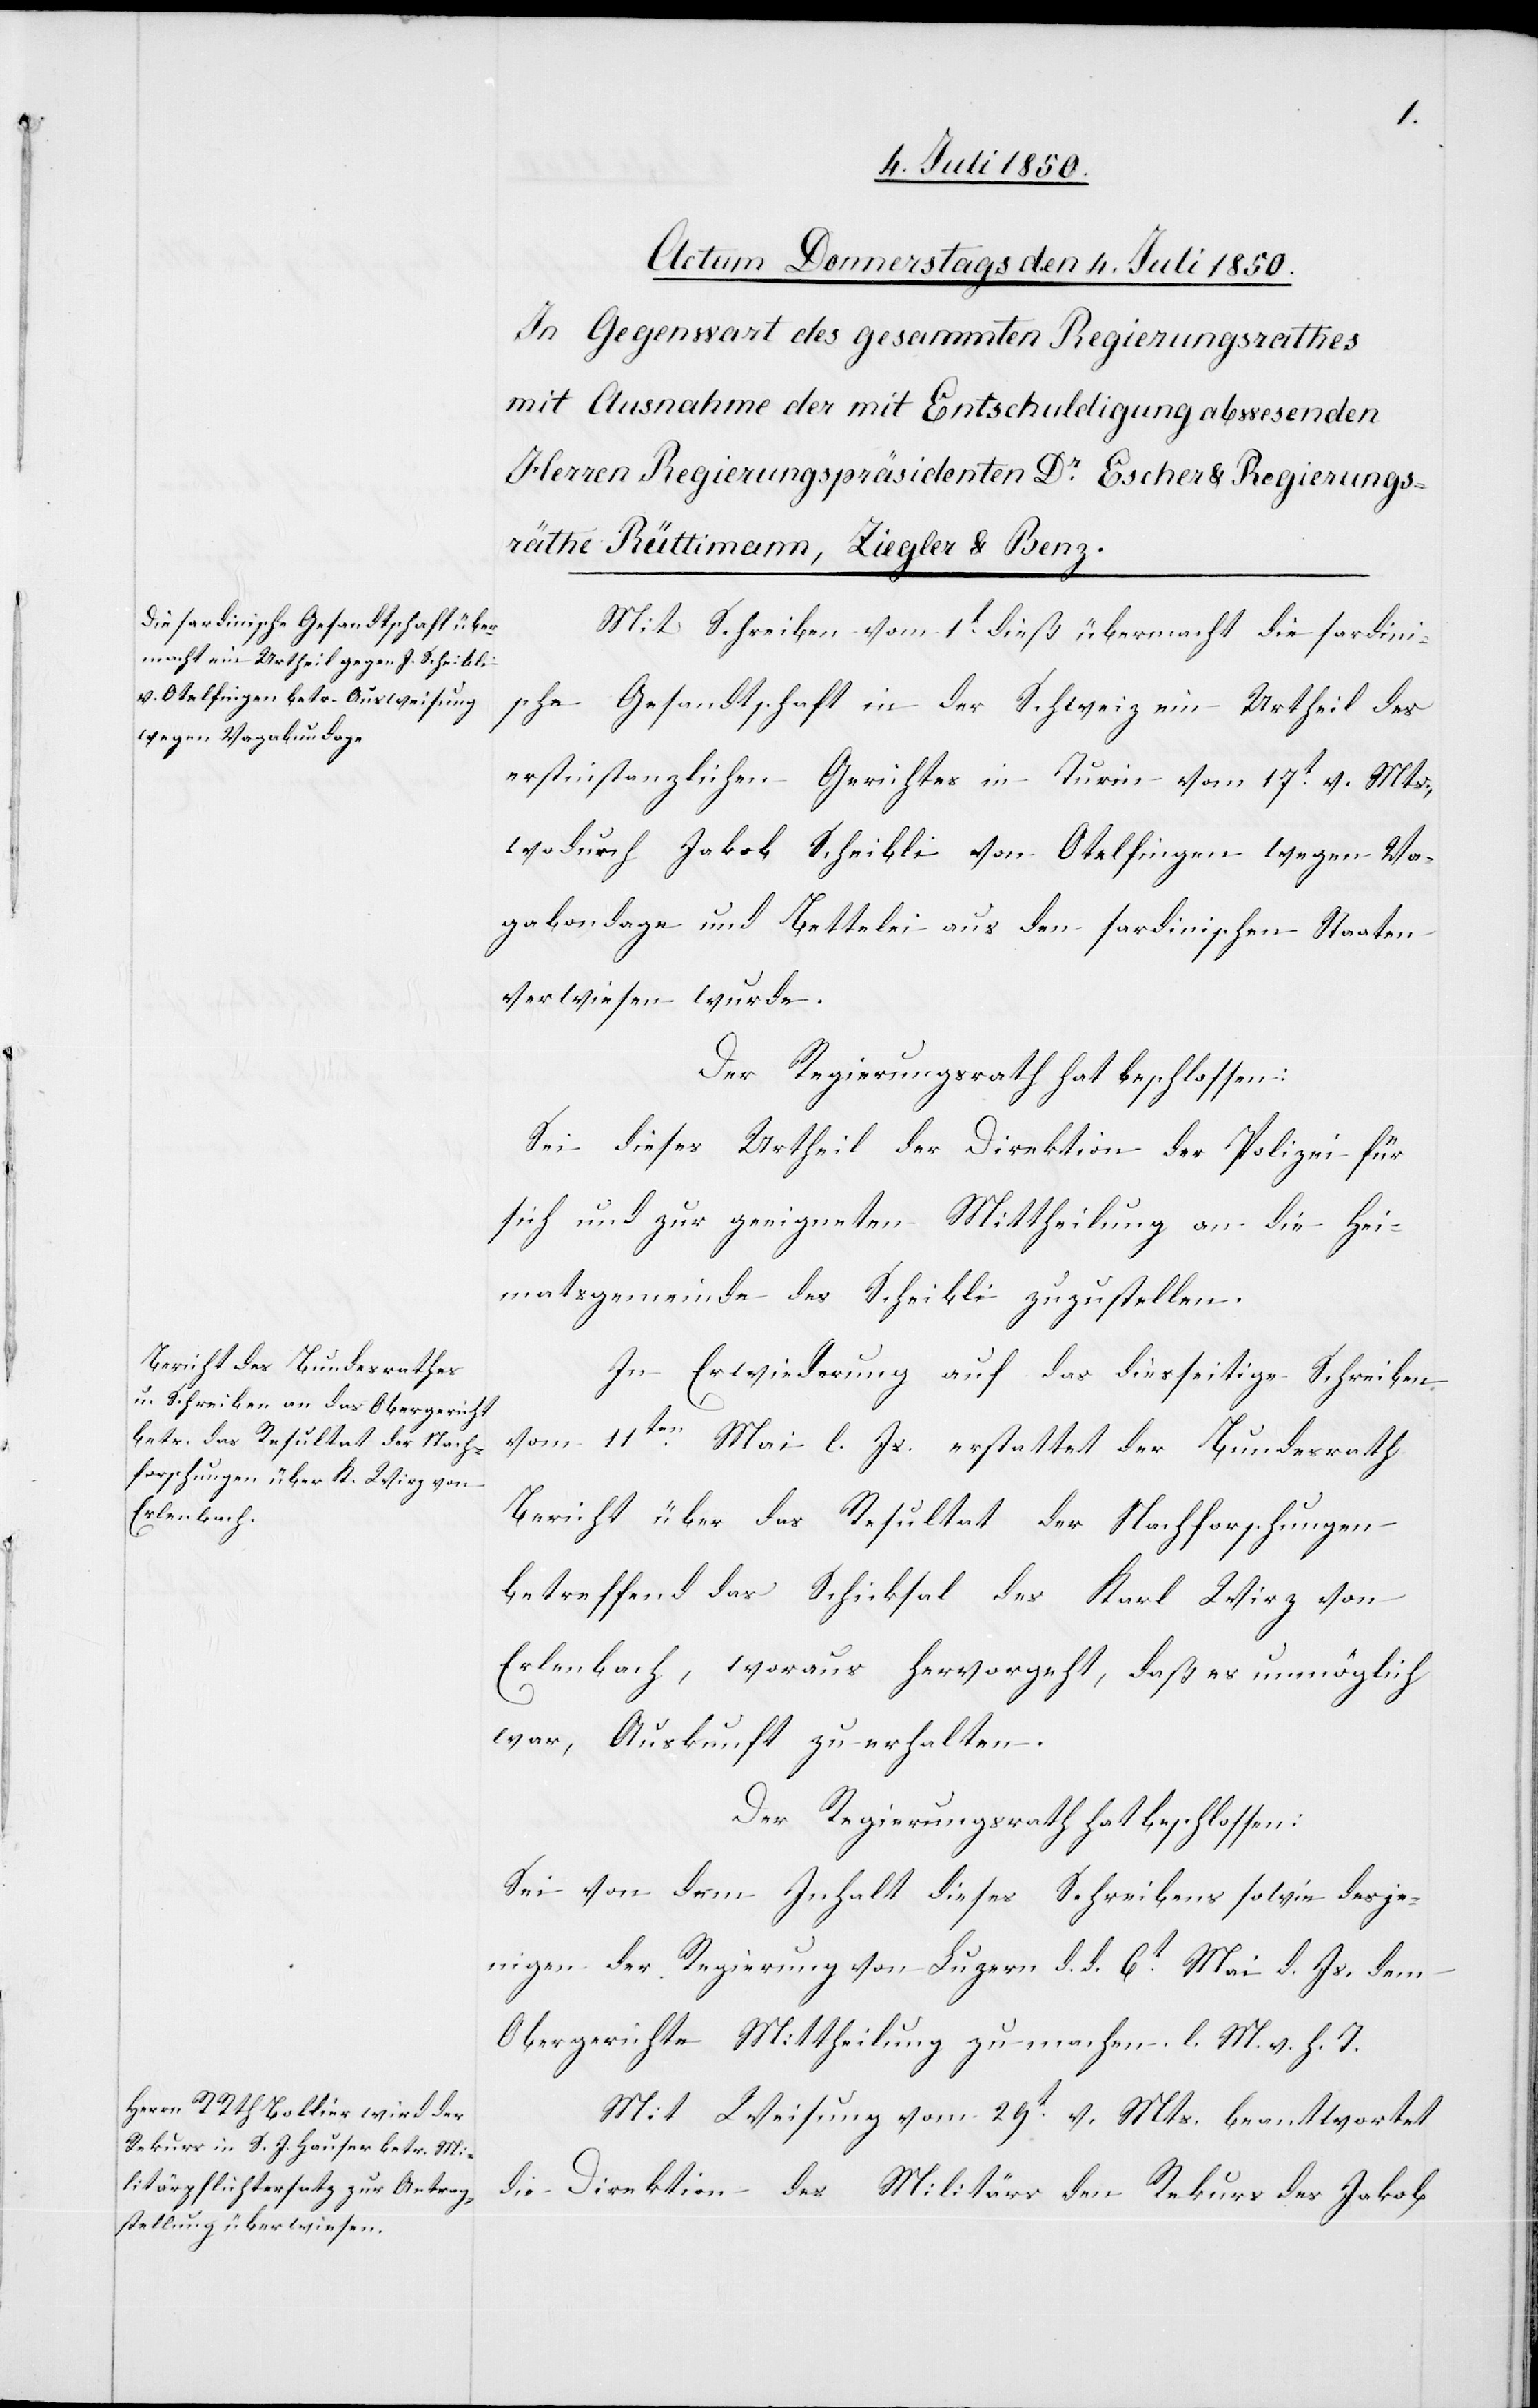
Mit Schreiben vom 1t dieß übermacht die sardini¬
sche Gesandtschaft in der Schweiz ein Urtheil des
erstinstanzlichen Gerichtes in Turin vom 17t v. Mts.,
wodurch Jakob Scheibli von Otelfingen wegen Va¬
gabondage und Bettelei aus den sardinischen Staaten
verwiesen wurde.
Der Regierungsrath hat beschlossen:
Sei dieses Urtheil der Direktion der Polizei für
sich und zur geeigneten Mittheilung an die Hei¬
matsgemeinde des Scheibli zuzustellen.
In Erwiederung auf das diesseitige Schreiben
vom 11ten Mai l. Js. erstattet der Bundesrath
Bericht über das Resultat der Nachforschungen
betreffend das Schicksal des Karl Wirz von
Erlenbach, woraus hervorgeht, daß es unmöglich
war, Auskunft zu erhalten.
Der Regierungsrath hat beschlossen:
Sei von dem Inhalt dieses Schreibens sowie desje¬
nigen der Regierung von Luzern d. d. 6t Mai d. Js. dem
Obergerichte Mittheilung zu machen l. M. v. h. T
Mit Weisung vom 29t v. Mts. beantwortet
die Direktion des Militärs den Rekurs des Jakob